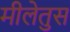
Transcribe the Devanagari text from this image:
मीलेतुस